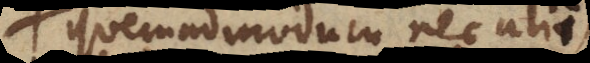
quemadmodum nec aliis